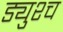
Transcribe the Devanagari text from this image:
ड्युश्च